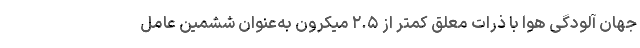
جهان آلودگی هوا با ذرات معلق کمتر از ۲.۵ میکرون به‌عنوان ششمین عامل